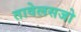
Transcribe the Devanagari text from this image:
तावेलसजो